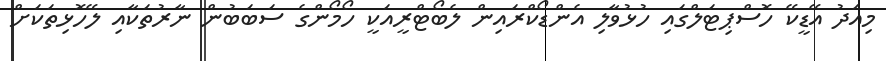
މިއަދު އޭޑީކޭ ހޮސްޕިޓަލްގައި ހުޅުވާލި އެންޑޯކްރައިން ލެބޯޓްރީއަކީ ހޯމޯންގެ ސަބަބުން ނާރުތަކާއި ލޭހޮޅިތަކަށް